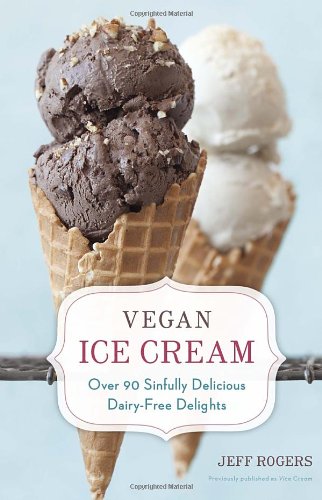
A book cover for Vegan Ice Cream: Over 90 Sinfully Delicious Dairy-Free Delights; Jeff Rogers; Cookbooks, Food & Wine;